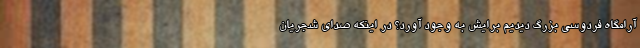
آرامگاه فردوسی بزرگ دیدیم برایش به وجود آورد؟ در اینکه صدای شجریان